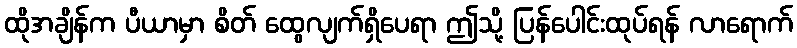
ထိုအချိန်က ပီယာမှာ စိတ် ထွေလျက်ရှိပေရာ ဤသို့ ပြန်ပေါင်းထုပ်ရန် လာရောက်